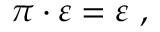
\pi \cdot \varepsilon = \varepsilon ~ ,